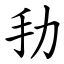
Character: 劧